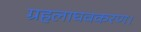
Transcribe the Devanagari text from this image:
ग्रहलाघवकरण।